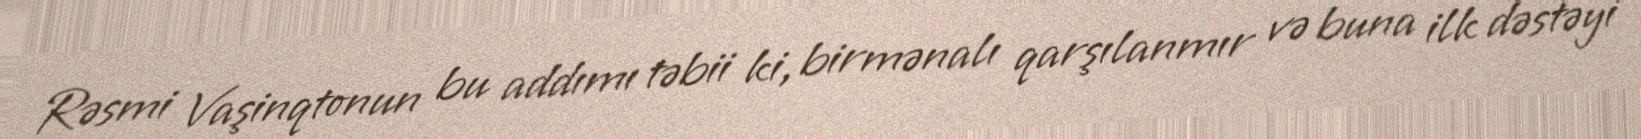
Rəsmi Vaşinqtonun bu addımı təbii ki, birmənalı qarşılanmır və buna ilk dəstəyi